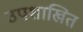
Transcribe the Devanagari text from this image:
उपशाखित